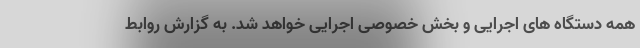
همه دستگاه های اجرایی و بخش خصوصی اجرایی خواهد شد. به گزارش روابط